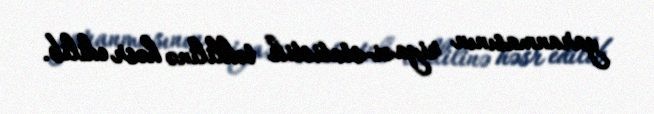
yaranmasının riyazi-statistik təhlilinə həsr edilib.